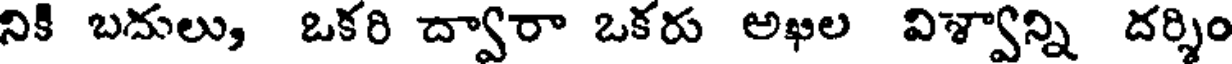
నికి బదులు, ఒకరి ద్వారా ఒకరు అఖిల విశ్వాన్ని దర్శిం